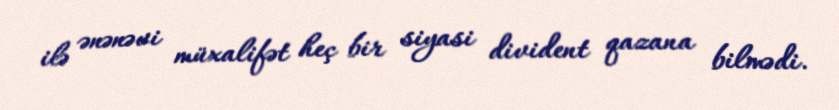
ilə ənənəvi müxalifət heç bir siyasi divident qazana bilmədi.